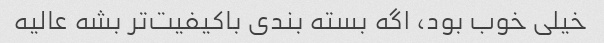
خیلی خوب بود، اگه بسته بندی باکیفیت‌تر بشه عالیه